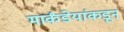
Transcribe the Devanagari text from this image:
मार्कंडेयांकडून